65_HS1-834228961_62-HQ-83894_Section_4
Agency: FBI
Page 73
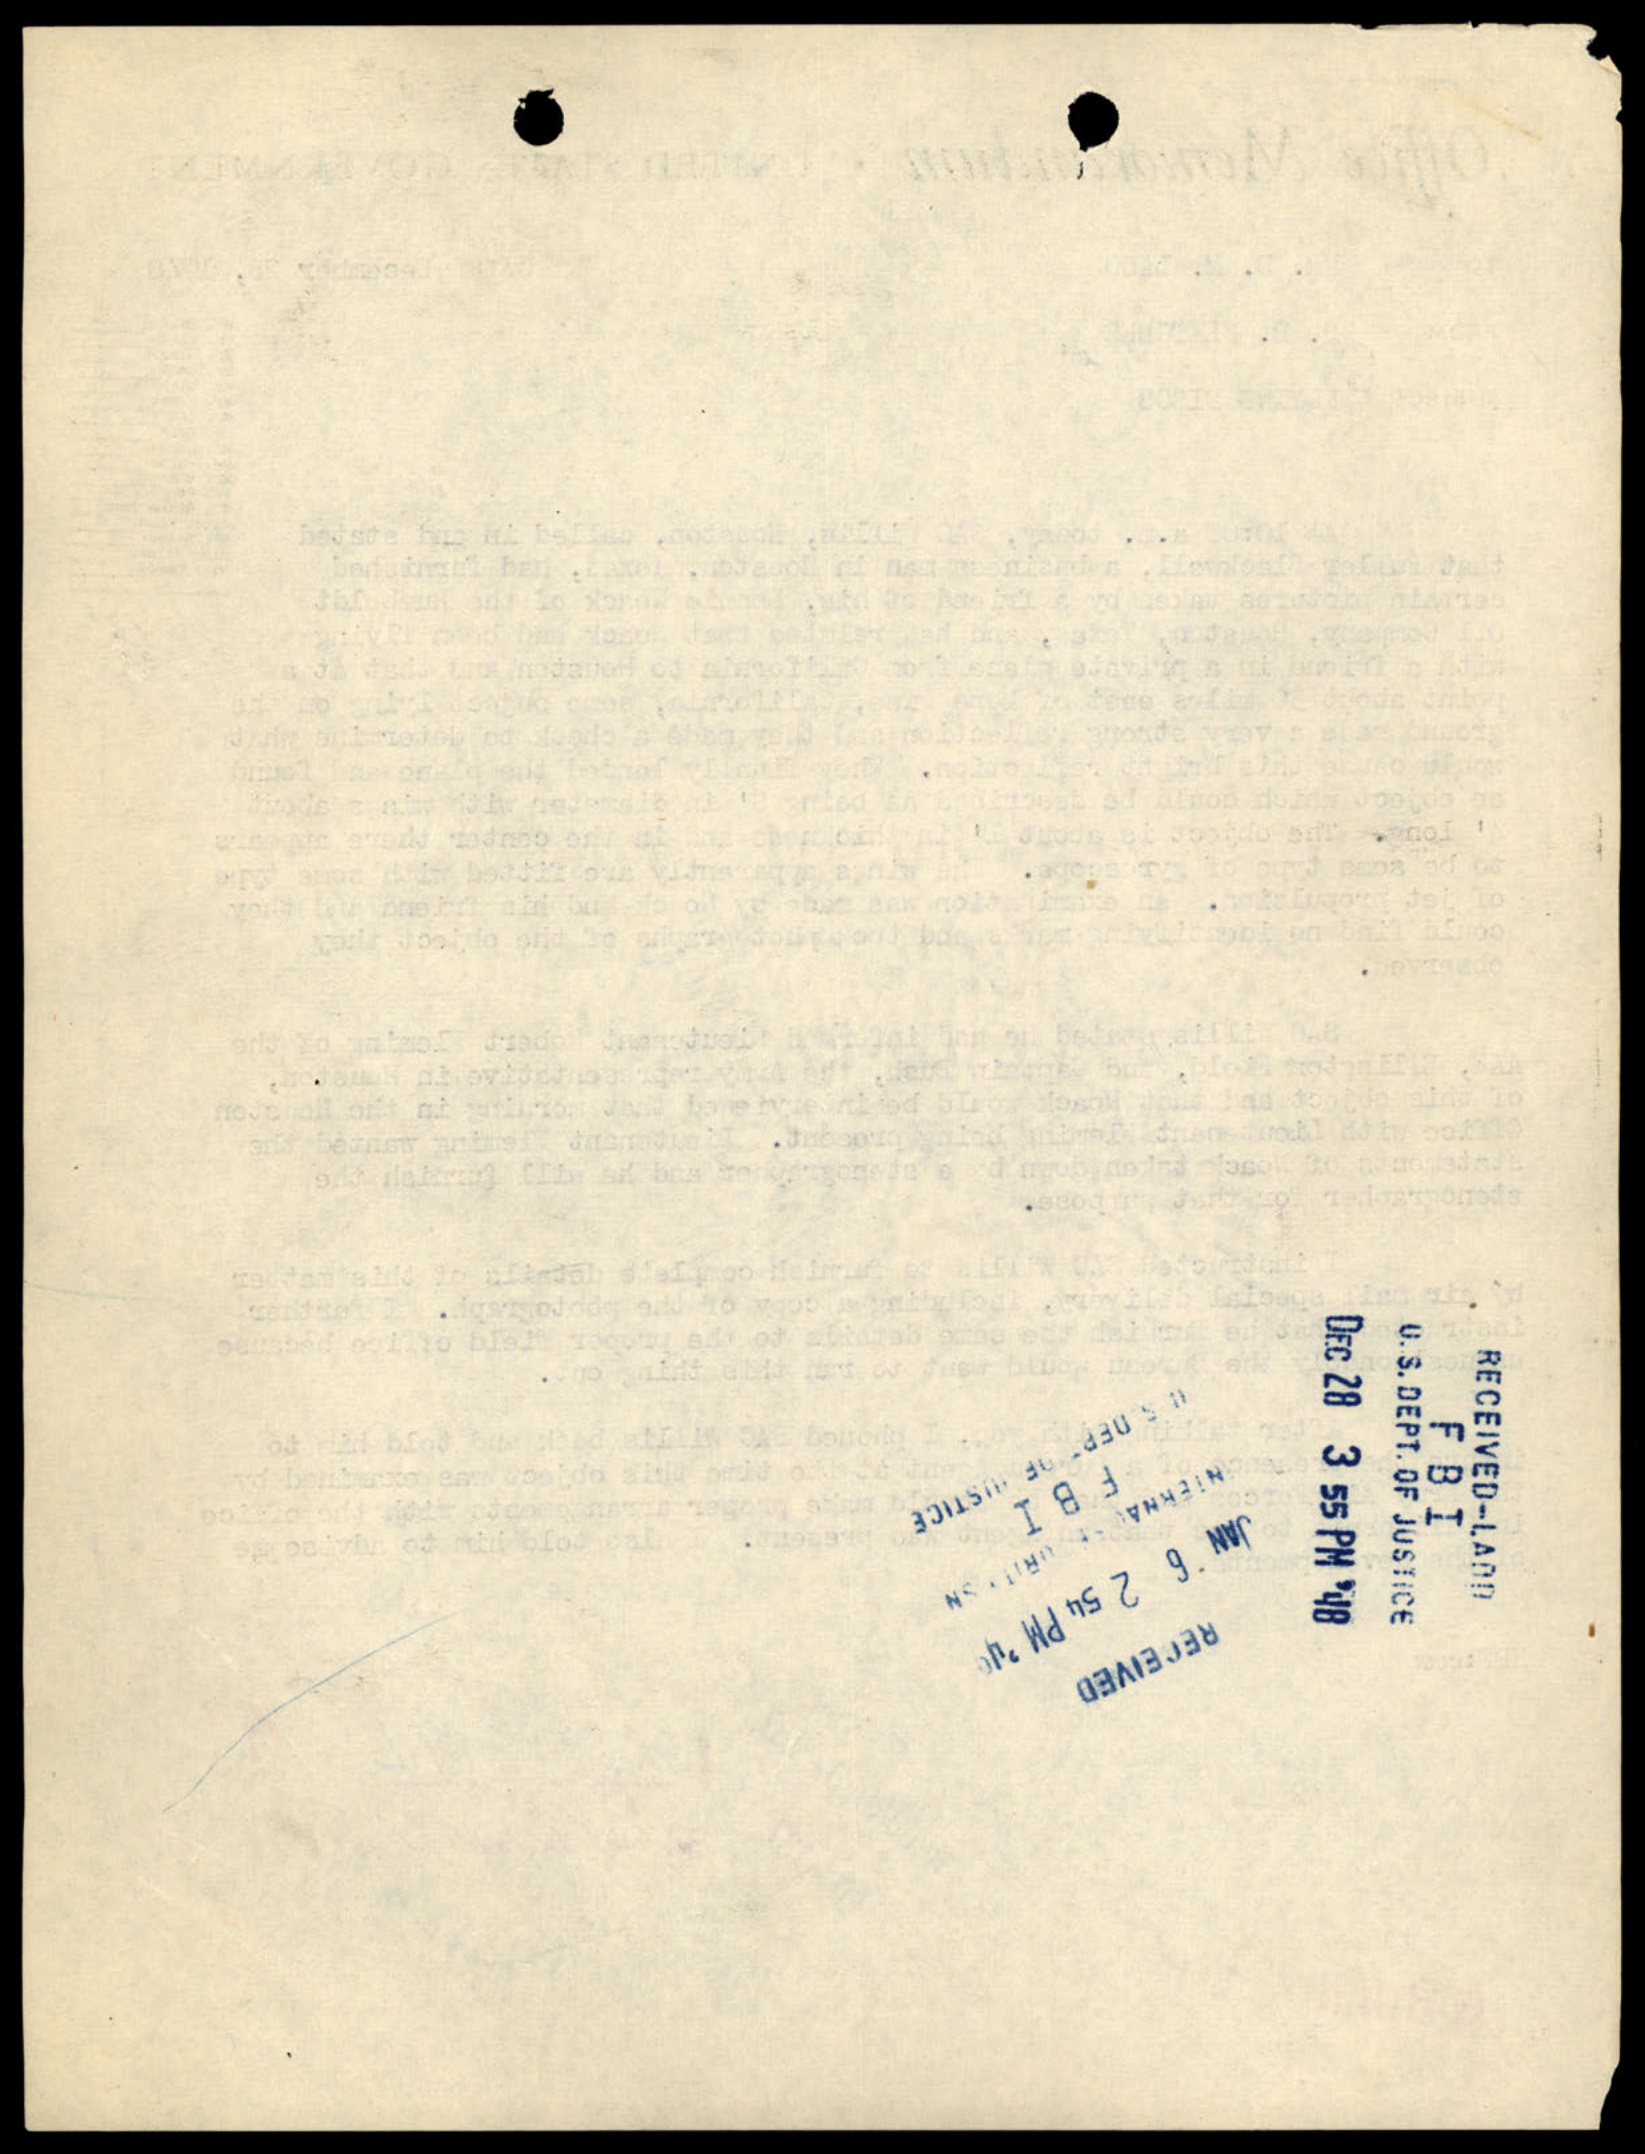